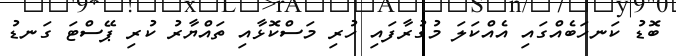
ބޮޑު ކަނހަބެއްގައި އެއްކަލަ މުގުރާފައި ހުރި މަސްކޮޅާއި ތައްޔާރު ކުރި ޕޭސްޓަ ގަނޑު